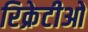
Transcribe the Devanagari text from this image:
रिक्रेटीओ